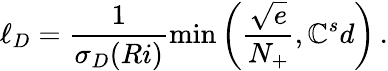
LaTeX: \ell_{D}=\frac{1}{\sigma_{D}(Ri)}\operatorname*{min}\left(\frac{\sqrt{e}}{N_{+}},\mathbb{C}_{}^{s}d\right)\, .